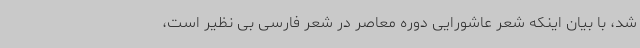
شد، با بیان اینکه شعر عاشورایی دوره معاصر در شعر فارسی بی نظیر است،